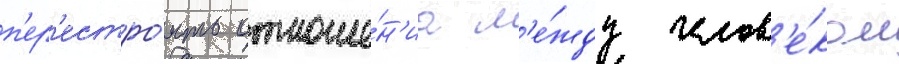
п'ер'естро́ить отноше́н'иа м'е́жду челов'е́ком